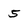
Character: 5